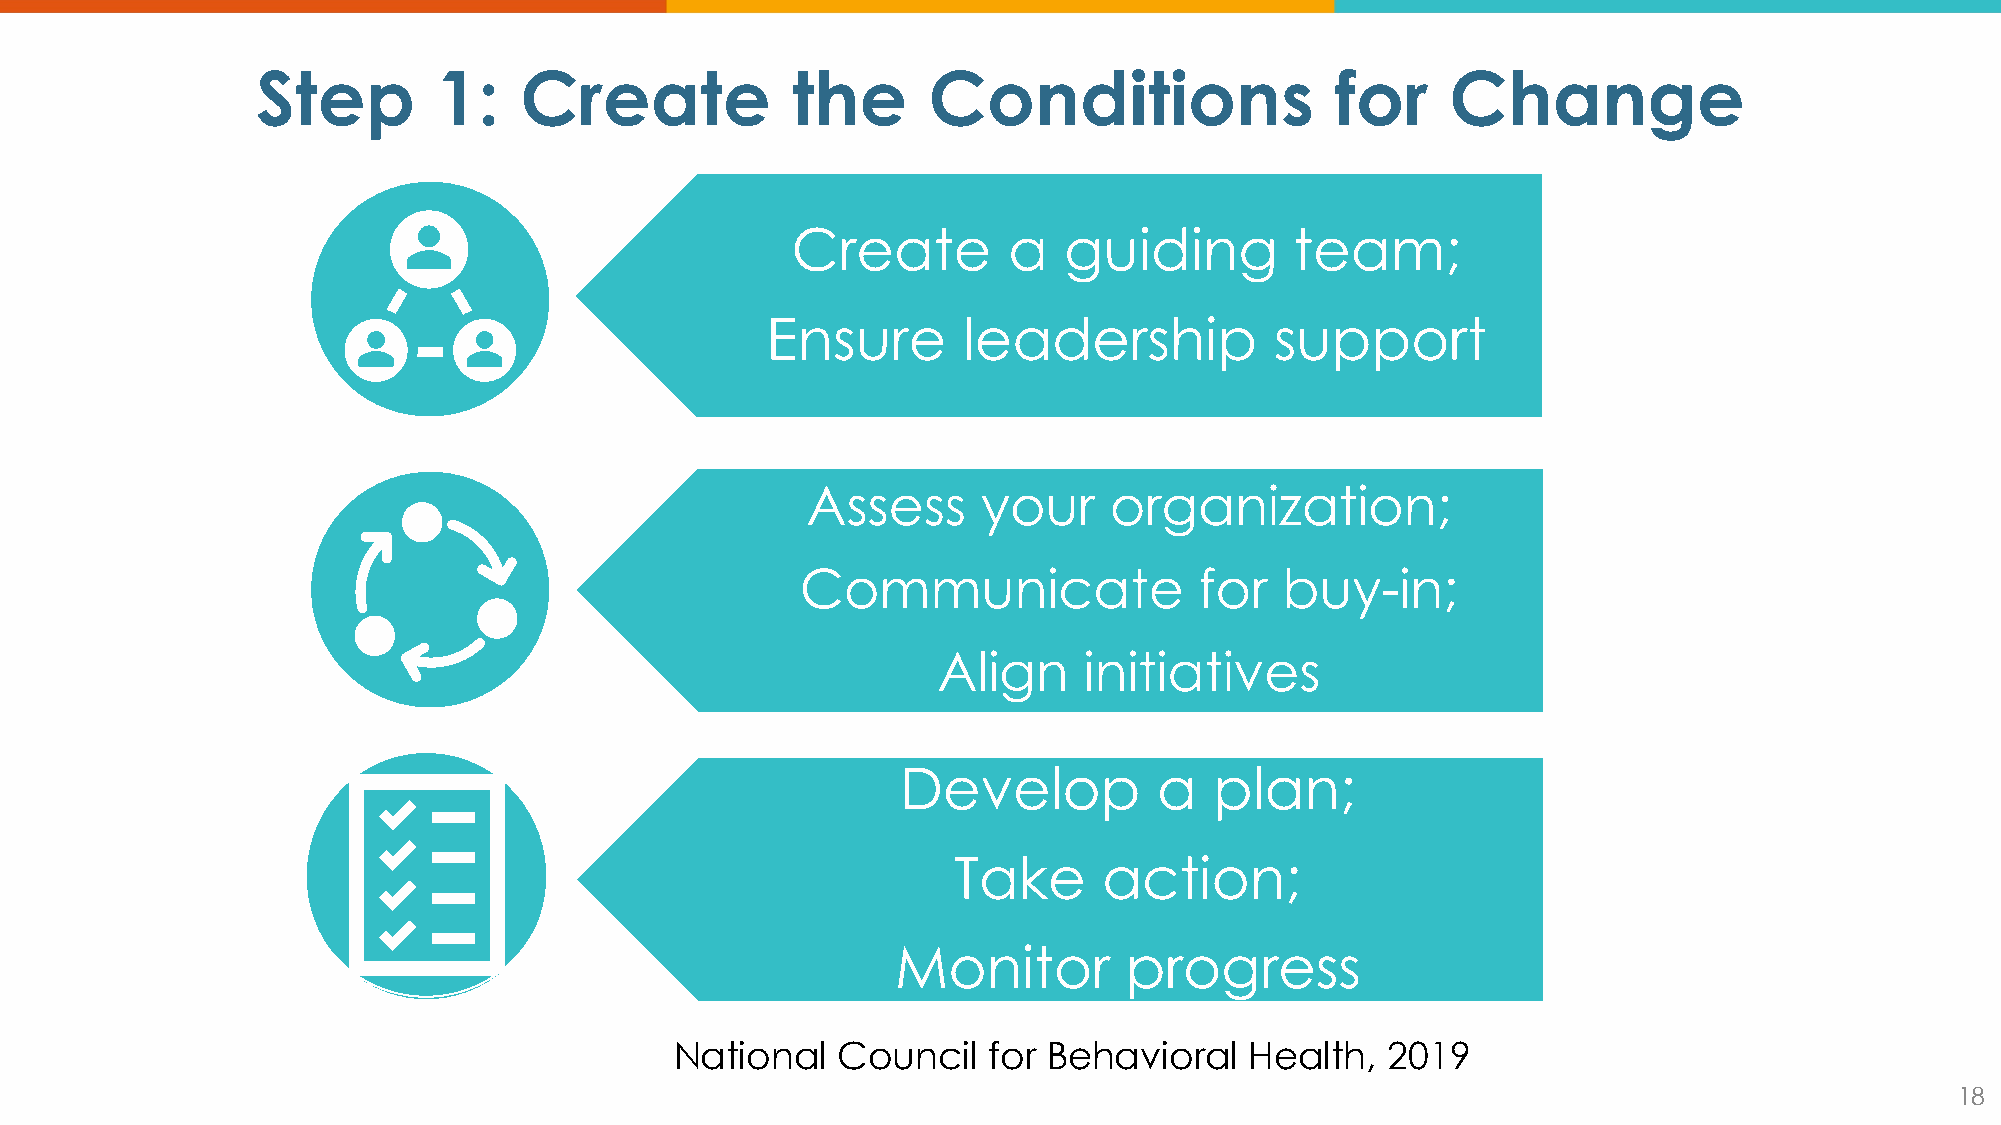
Step        1:   Create            the      Conditions                 for     Change
 Create         a  guiding         team;
 Ensure       leadership          support
 Assess      your    organization;
 Communicate               for   buy-in;
 Align     initiatives
 Develop          a  plan;
 Take      action;
 Monitor        progress
 National  Council   for Behavioral    Health,  2019
 18